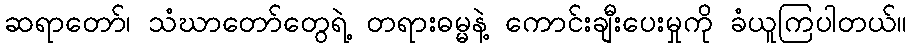
ဆရာတော်၊ သံဃာတော်တွေရဲ့ တရားဓမ္မနဲ့ ကောင်းချီးပေးမှုကို ခံယူကြပါတယ်။